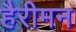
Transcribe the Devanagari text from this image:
हैरीमन